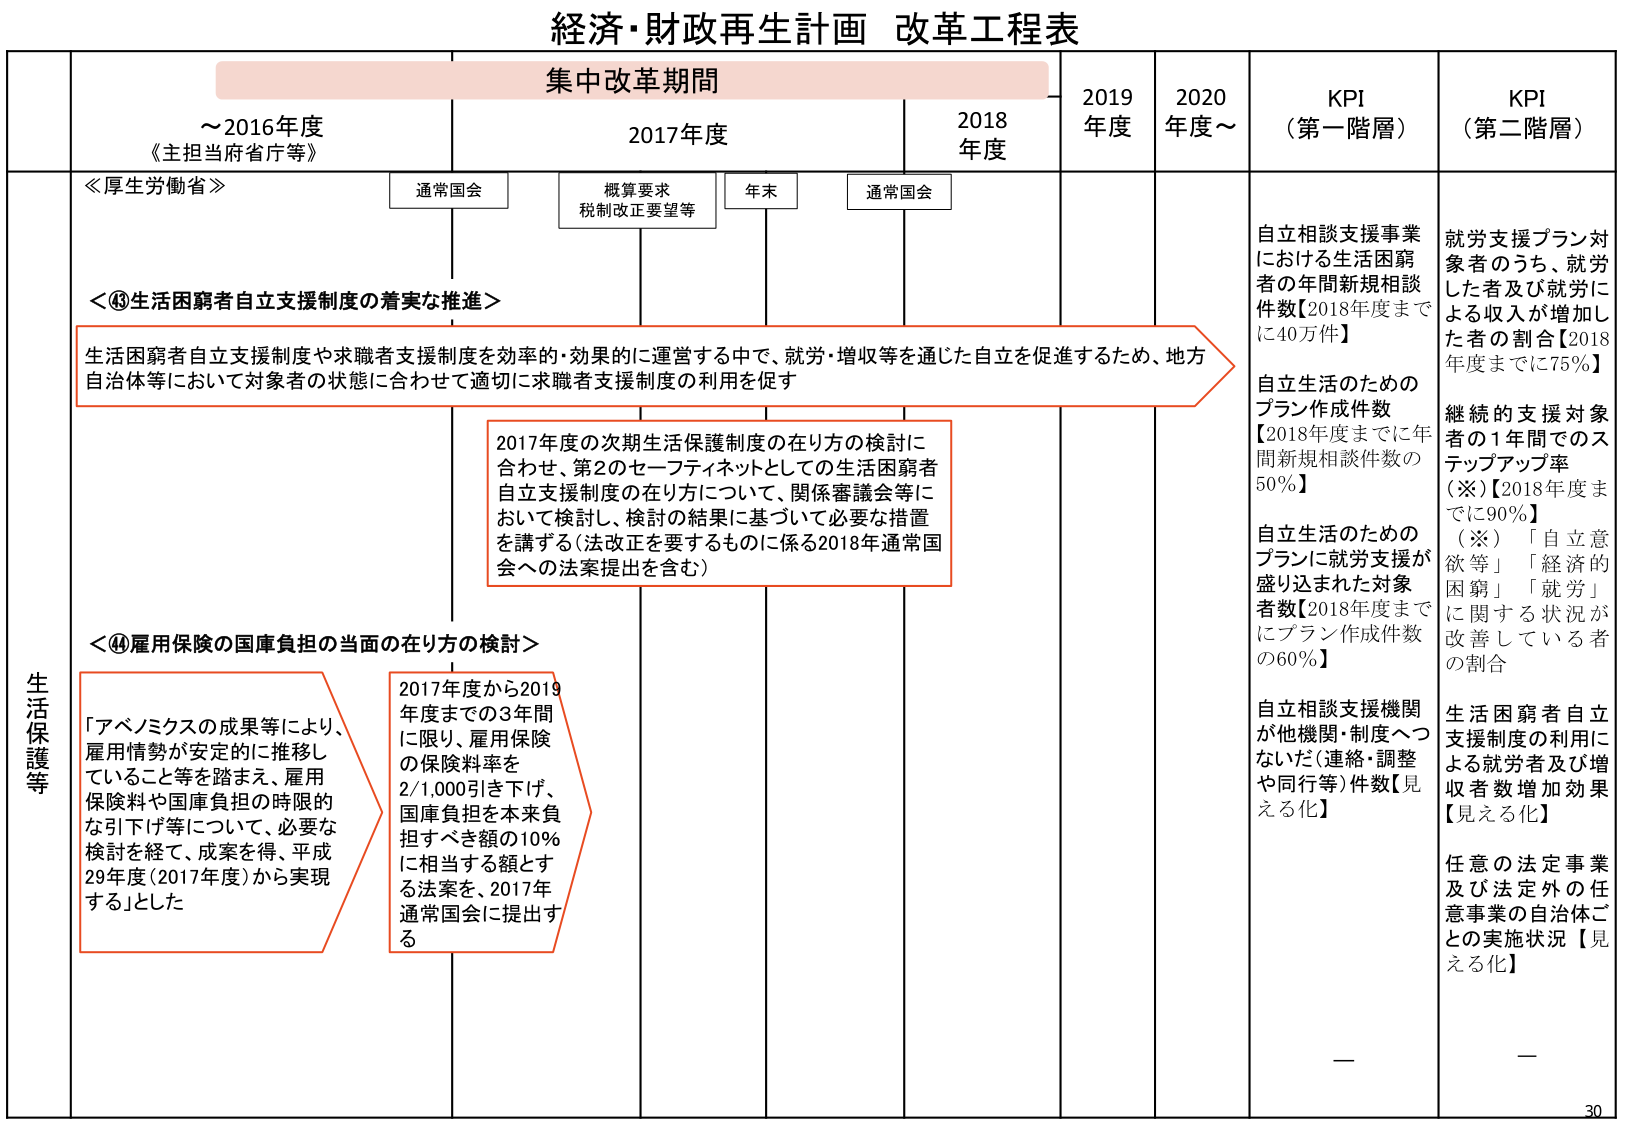
経済・財政再生計画 改革工程表

集中改革期間

～2016年度
《主担当府省庁等》

2017年度
通常国会
概算要求
税制改正要望等
年末
通常国会

2018年度

2019年度

2020年度～

KPI
（第一階層）

KPI
（第二階層）

生活保護等

≪厚生労働省≫

＜③生活困窮者自立支援制度の着実な推進＞

生活困窮者自立支援制度や求職者支援制度を効率的・効果的に運営する中で、就労・増収等を通じた自立を促進するため、地方自治体等において対象者の状態に合わせて適切に求職者支援制度の利用を促す

2017年度の次期生活保護制度の在り方の検討に合わせ、第2のセーフティネットとしての生活困窮者自立支援制度の在り方について、関係審議会等において検討し、検討の結果に基づいて必要な措置を講ずる（法改正を要するものに係る2018年通常国会への法案提出を含む）

＜④雇用保険の国庫負担の当面の在り方の検討＞

「アベノミクスの成果等により、雇用情勢が安定的に推移していること等を踏まえ、雇用保険料や国庫負担の時限的な引下げ等について、必要な検討を経て、成果を得、平成29年度（2017年度）から実現する」とした

2017年度から2019年度までの3年間に限り、雇用保険の保険料率を2/1,000引き下げ、国庫負担を本来負担すべき額の10％に相当する額とする法案を、2017年通常国会に提出する

自立相談支援事業における生活困窮者の年間新規相談件数【2018年度までに40万件】

自立生活のためのプラン作成件数【2018年度までに年間新規相談件数の50％】

自立生活のためのプランに就労支援が盛り込まれた対象者数【2018年度までにプラン作成件数の60％】

自立相談支援機関が他機関・制度へつながった（連絡・調整や同行等）件数【見える化】

就労支援プラン対象者のうち、就労した者及び就労による収入が増加した者の割合【2018年度までに75％】

継続的支援対象者の1年間でのステップアップ率（※）【2018年度までに90％】
（※）「自立意欲等」「経済的困窮」「就労」に関する状況が改善している者の割合

生活困窮者自立支援制度の利用による就労者及び増収者数増加効果【見える化】

任意の法定事業及び法定外の任意事業の自治体ごとの実施状況【見える化】

—

—

30